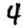
Digit: 4